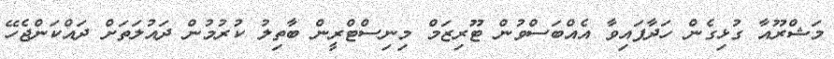
މަޝްރޫއާ ގުޅިގެން ހަދާފައިވާ އެއްބަސްވުން ޓޫރިޒަމް މިނިސްޓްރީން ބާތިލު ކުރުމުން ދައުލަތަށް ދައްކަންޖެހޭ